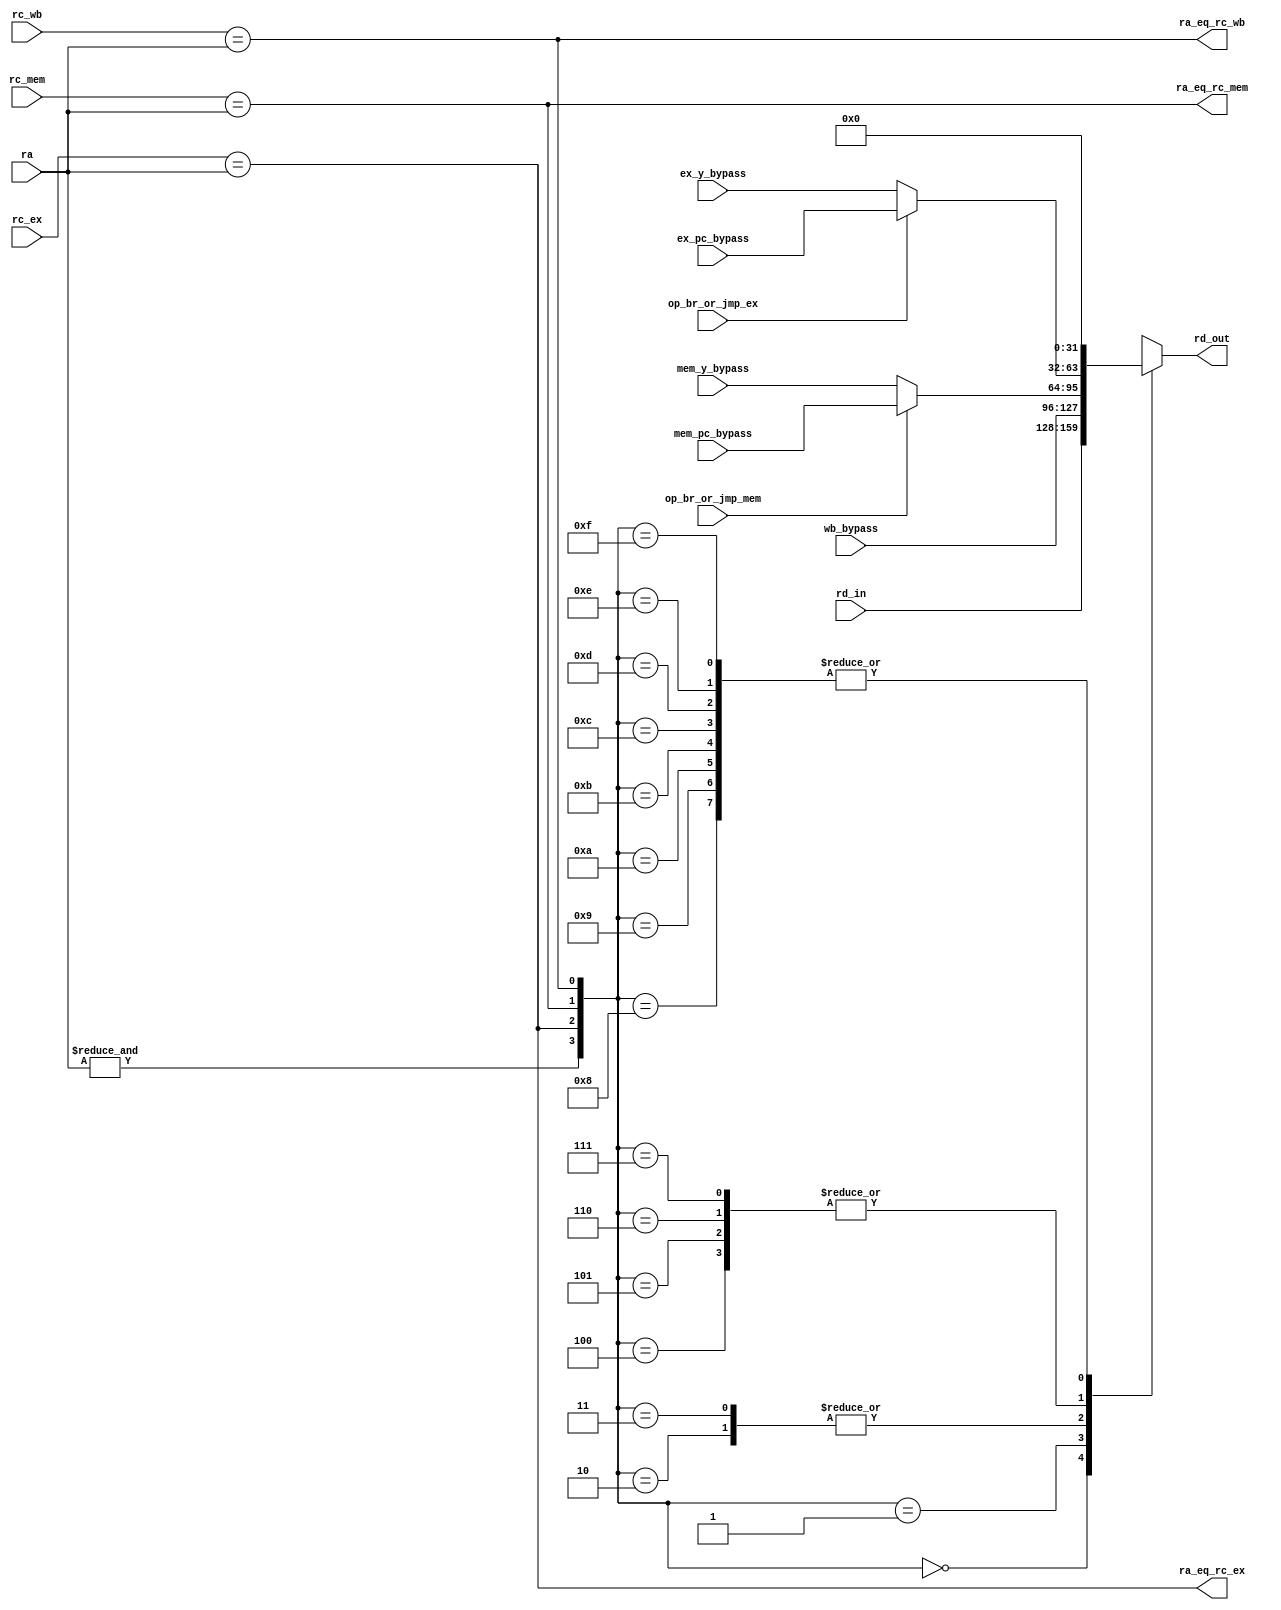
///////////////////////////////////////////////////////////////////////////////
// 
// Description: This file implements the operand mux
///////////////////////////////////////////////////////////////////////////////

module operand_mux(
    input [4:0] ra,                 // read address
    input [31:0] rd_in,             // input into rd mux
    input [31:0] ex_y_bypass,       // Y bypass from execute stage
    input [31:0] ex_pc_bypass,      // PC bypass from execute stage
    input [31:0] mem_y_bypass,      // Y bypass from memory access stage
    input [31:0] mem_pc_bypass,     // PC bypass from memory access stage
    input [31:0] wb_bypass,         // reg write value from write back stage
    input [4:0] rc_wb,              // Rc from write back stage
    input [4:0] rc_mem,             // Rc from memory access stage
    input [4:0] rc_ex,              // Rc from execute stage
    input op_br_or_jmp_ex,          // BEQ, BNE, or JMP in execute stage
    input op_br_or_jmp_mem,         // BEQ, BNE, or JMP in memory access stage
    output reg [31:0] rd_out,       // output of the rd mux
    output ra_eq_rc_wb,             // Ra = Rc_WB
    output ra_eq_rc_mem,            // Ra = Rc_MEM
    output ra_eq_rc_ex              // Ra = Rc_EX
);

wire ra_eq_31;
wire [31:0] ex_bypass;
wire [31:0] mem_bypass;

//
// Note that if the ST instruction is in the mem, wb, or ex stage, then the
// corresponding rc (rc_wb, rc_mem, or rc_ex) will be set to 32. This should
// result in rd_out = rd_in.
//
assign ra_eq_rc_wb = rc_wb == ra;
assign ra_eq_rc_mem = rc_mem == ra;
assign ra_eq_rc_ex = rc_ex == ra;
assign ra_eq_31 = &ra;

assign ex_bypass = op_br_or_jmp_ex ? ex_pc_bypass : ex_y_bypass;
assign mem_bypass = op_br_or_jmp_mem ? mem_pc_bypass : mem_y_bypass;

always @(*) begin
    case ({ra_eq_31, ra_eq_rc_ex, ra_eq_rc_mem, ra_eq_rc_wb})
        4'b0000: rd_out = rd_in;
        4'b0001: rd_out = wb_bypass;
        4'b0010: rd_out = mem_bypass;
        4'b0011: rd_out = mem_bypass;
        4'b0100: rd_out = ex_bypass;
        4'b0101: rd_out = ex_bypass;
        4'b0110: rd_out = ex_bypass;
        4'b0111: rd_out = ex_bypass;
        4'b1000: rd_out = 32'd0;
        4'b1001: rd_out = 32'd0;
        4'b1010: rd_out = 32'd0;
        4'b1011: rd_out = 32'd0;
        4'b1100: rd_out = 32'd0;
        4'b1101: rd_out = 32'd0;
        4'b1110: rd_out = 32'd0;
        4'b1111: rd_out = 32'd0;
    endcase
end

endmodule